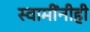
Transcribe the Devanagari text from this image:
स्वामींनीही